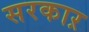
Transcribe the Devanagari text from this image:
सरकाऱ